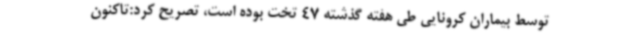
توسط بیماران کرونایی طی هفته گذشته 47 تخت بوده است، تصریح کرد:تاکنون